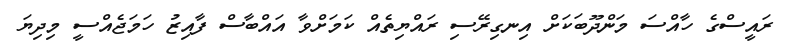
ރައީސްގެ ހާއްސަ މަންދޫބަކަށް އިނގިރޭސި ރައްޔިތެއް ކަމަށްވާ އައްބާސް ފާއިޒު ހަމަޖެއްސީ މިދިޔަ